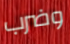
وضرب